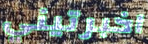
اخبرتيني